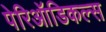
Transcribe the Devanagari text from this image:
पेरिऑडिकल्स